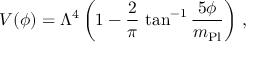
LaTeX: V ( \phi ) = \Lambda ^ { 4 } \left( 1 - \frac { 2 } { \pi } \, \tan ^ { - 1 } \frac { 5 \phi } { m _ { \mathrm { P l } } } \right) \, ,